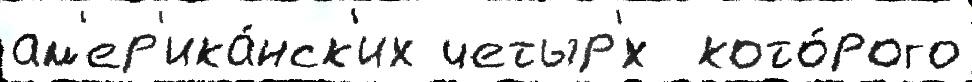
ам'ер'ика́нск'их четыр'́х  кото́рого